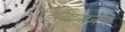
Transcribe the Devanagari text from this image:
डिव्हिजनचे